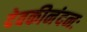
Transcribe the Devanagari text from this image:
देवकीनंदनः